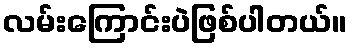
လမ်းကြောင်းပဲဖြစ်ပါတယ်။